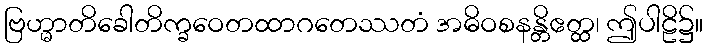
ဗြဟ္မာတိခေါတိက္ခဝေတထာဂတေဿတံ အဓိဝစနန္တိဧတ္ထ၊ ဤပါဠိ၌။